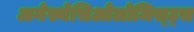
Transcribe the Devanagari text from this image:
अनेस्थेसिओलोजिस्ट्स